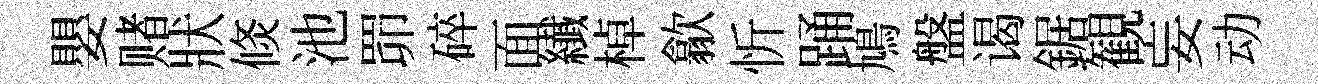
嬰赌狀倐池𦊑碎面纎棹歙忻踊鳩盤谒鋸観妄动